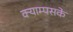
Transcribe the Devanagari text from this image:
क्याम्पसके